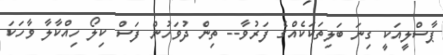
ޕާސްލީއަކީ ގިނަ ބަލިތަކަކެއްގެ ފަރުވާ-- ތިން ދުވަހުން ފަސް ކިލޯ ހިއްކާލާ ވާހަކަ